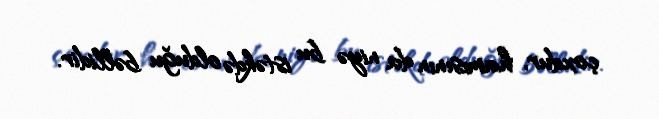
çoxdur, hamısının da niyə bu istəkdə olduğu bəllidir.